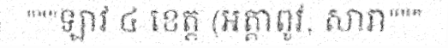
"""ឡាវ ៤ ខេត្ត (អត្តាពូវ, សារា"""